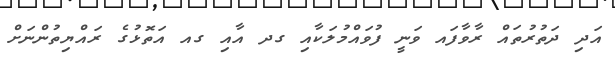
އަދި ދަތުރުތައް ރާވާފައ ވަނީ ފުވައްމުލަކާއި ގދ އާއި ގއ އަތޮޅުގެ ރައްޔިތުންނަށް